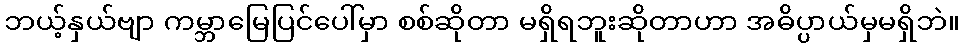
ဘယ့်နှယ်ဗျာ ကမ္ဘာမြေပြင်ပေါ်မှာ စစ်ဆိုတာ မရှိရဘူးဆိုတာဟာ အဓိပ္ပာယ်မှမရှိဘဲ။